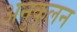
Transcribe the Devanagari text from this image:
अनुकुलन